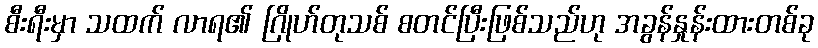
စီးရီးမှာ သထက် လာရ၏ ဂြိုဟ်တုသစ် စတင်ပြီးဖြစ်သည်ဟု အခွန်နှုန်းထားတစ်ခု